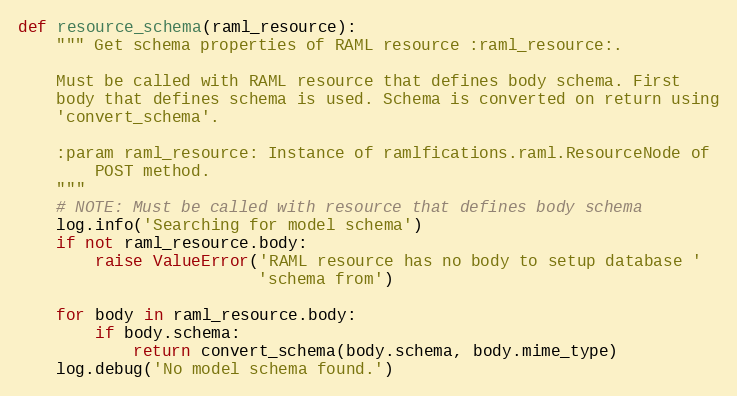
Language: Python
def resource_schema(raml_resource):
    """ Get schema properties of RAML resource :raml_resource:.

    Must be called with RAML resource that defines body schema. First
    body that defines schema is used. Schema is converted on return using
    'convert_schema'.

    :param raml_resource: Instance of ramlfications.raml.ResourceNode of
        POST method.
    """
    # NOTE: Must be called with resource that defines body schema
    log.info('Searching for model schema')
    if not raml_resource.body:
        raise ValueError('RAML resource has no body to setup database '
                         'schema from')

    for body in raml_resource.body:
        if body.schema:
            return convert_schema(body.schema, body.mime_type)
    log.debug('No model schema found.')